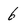
Character: 6